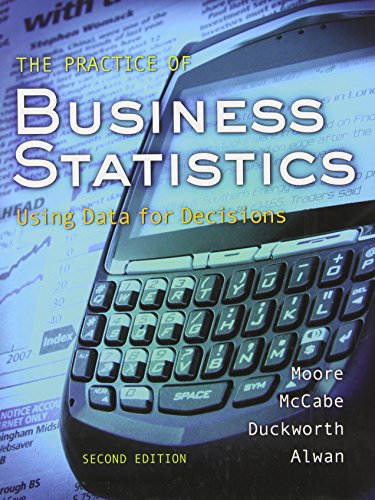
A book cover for The Practice of Business Statistics:  Using Data for Decisions (Book & CD); David S. Moore; Business & Money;